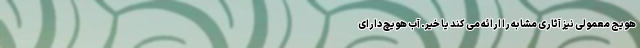
هویج معمولی نیز آثاری مشابه را ارائه می کند یا خیر. آب هویچ دارای